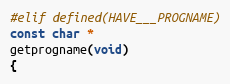
Language: C
#elif defined(HAVE___PROGNAME)
const char *
getprogname(void)
{